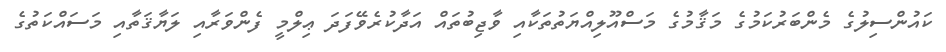
ކައުންސިލުގެ މެންބަރުކަމުގެ މަޤާމުގެ މަސްއޫލިއްޔަތުތަކާއި ވާޖިބުތައް އަދާކުރެވޭފަދަ ޢިލްމީ ފެންވަރާއި ލަޔާޤަތާއި މަސައްކަތުގެ